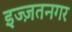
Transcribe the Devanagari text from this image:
इज्ज़तनगर